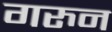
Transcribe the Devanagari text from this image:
गरुन